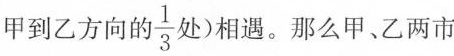
甲到乙方向的\frac{1}{3}处)相遇。那么甲、乙两市